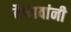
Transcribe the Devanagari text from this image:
वैष्णवांनी